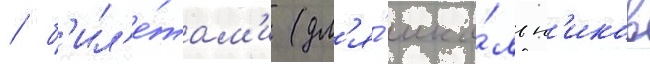
/ б'ил'е́там'и (дл'я́ шко́льн'иков